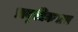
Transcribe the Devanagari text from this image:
प्राकृतिकवास